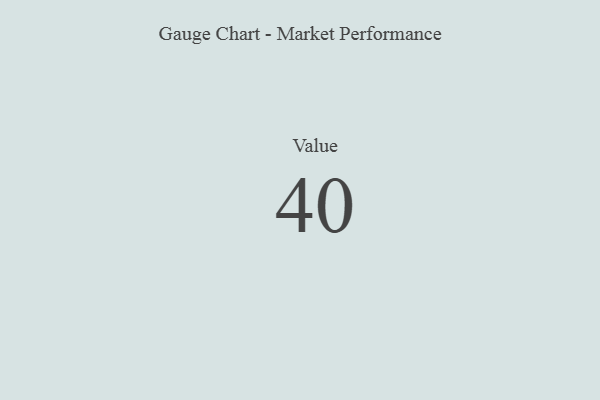
{"axis": {"x": "Metric", "y": "Value"}, "legend": [""], "data": [{"x": "Value", "y": 40, "type": ""}]}